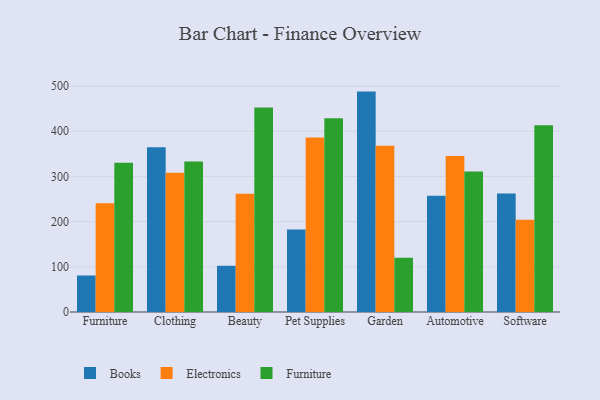
{"axis": {"x": "Category", "y": "Website Visitors"}, "legend": ["Books", "Electronics", "Furniture"], "data": [{"x": "Furniture", "y": 80.8, "type": "Books"}, {"x": "Furniture", "y": 240.6, "type": "Electronics"}, {"x": "Furniture", "y": 330.5, "type": "Furniture"}, {"x": "Clothing", "y": 364.5, "type": "Books"}, {"x": "Clothing", "y": 308.0, "type": "Electronics"}, {"x": "Clothing", "y": 332.9, "type": "Furniture"}, {"x": "Beauty", "y": 102.3, "type": "Books"}, {"x": "Beauty", "y": 261.6, "type": "Electronics"}, {"x": "Beauty", "y": 452.7, "type": "Furniture"}, {"x": "Pet Supplies", "y": 182.6, "type": "Books"}, {"x": "Pet Supplies", "y": 386.0, "type": "Electronics"}, {"x": "Pet Supplies", "y": 428.9, "type": "Furniture"}, {"x": "Garden", "y": 487.8, "type": "Books"}, {"x": "Garden", "y": 367.9, "type": "Electronics"}, {"x": "Garden", "y": 120.3, "type": "Furniture"}, {"x": "Automotive", "y": 257.3, "type": "Books"}, {"x": "Automotive", "y": 345.3, "type": "Electronics"}, {"x": "Automotive", "y": 310.9, "type": "Furniture"}, {"x": "Software", "y": 262.1, "type": "Books"}, {"x": "Software", "y": 203.9, "type": "Electronics"}, {"x": "Software", "y": 413.1, "type": "Furniture"}]}